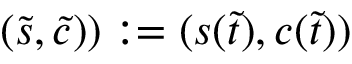
( \widetilde s , \widetilde c ) ) : = ( s ( \widetilde t ) , c ( \widetilde t ) )